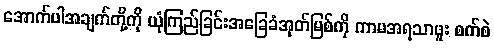
အောက်ပါအချက်တို့ကို ယုံကြည်ခြင်းအခြေခံအုတ်မြစ်ကို ကာမအရသာဖူး စက်စဲ